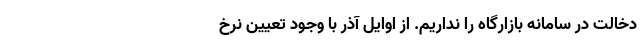
دخالت در سامانه بازارگاه را نداریم. از اوایل آذر با وجود تعیین نرخ